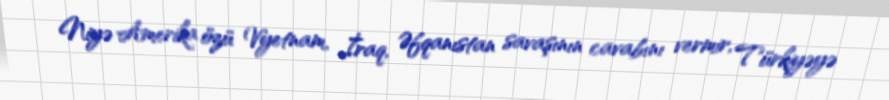
Niyə Amerika özü Vyetnam, İraq, Əfqanıstan savaşının cavabını vermir, Türkiyəyə